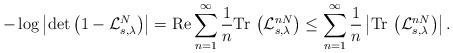
LaTeX: \begin{align*}- \log \left\vert \det\left( 1-\mathcal{L}_{s,\lambda}^{N} \right) \right\vert = \mathrm{Re} \sum_{n=1}^{\infty} \frac{1}{n}\mathrm{Tr}\, \left(\mathcal{L}_{s,\lambda}^{nN}\right) \leq \sum_{n=1}^{\infty} \frac{1}{n}\left\vert \mathrm{Tr}\, \left(\mathcal{L}_{s,\lambda}^{nN}\right) \right\vert.\end{align*}